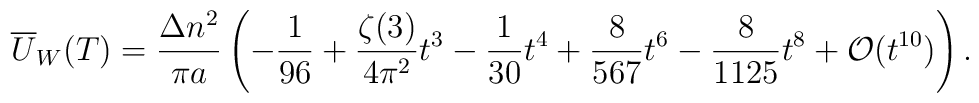
\overline {U}_W(T)=\frac{\Delta n^2}{\pi a}\left ( -\frac{1}{96}+\frac{\zeta (3)}{4\pi ^2} t^3 -\frac{1}{30}t^4+\frac{8}{567} t^6-\frac{8}{1125}t^8+{\cal O}(t^{10})\right ){.}